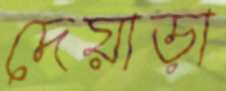
দেয়াড়া